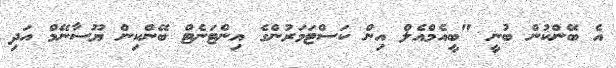
އެ ބޭންކުން ބުނީ "ބީއެމްއެލް އިން ކަސްޓަމަރުންގެ އިންޓަނެޓް ބޭންކިން ޔޫސާނޭމް އަދި